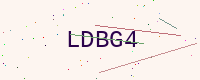
Text: LDBG4